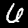
Digit: 6